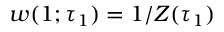
w ( 1 ; \tau _ { 1 } ) = 1 / Z ( \tau _ { 1 } )